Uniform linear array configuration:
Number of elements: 32
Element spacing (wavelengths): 1
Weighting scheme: hann
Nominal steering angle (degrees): -15
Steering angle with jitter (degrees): -13.917
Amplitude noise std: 0.05
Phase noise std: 0.05

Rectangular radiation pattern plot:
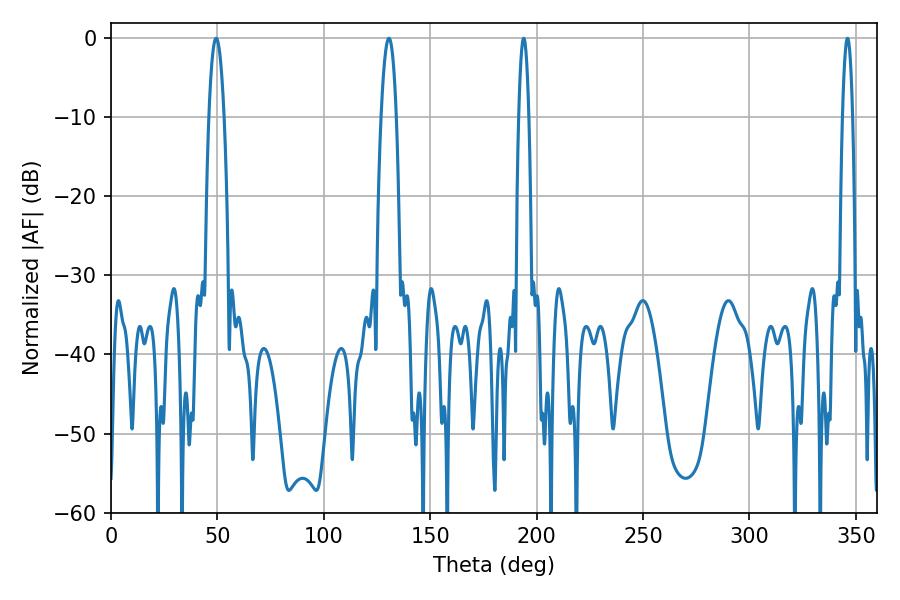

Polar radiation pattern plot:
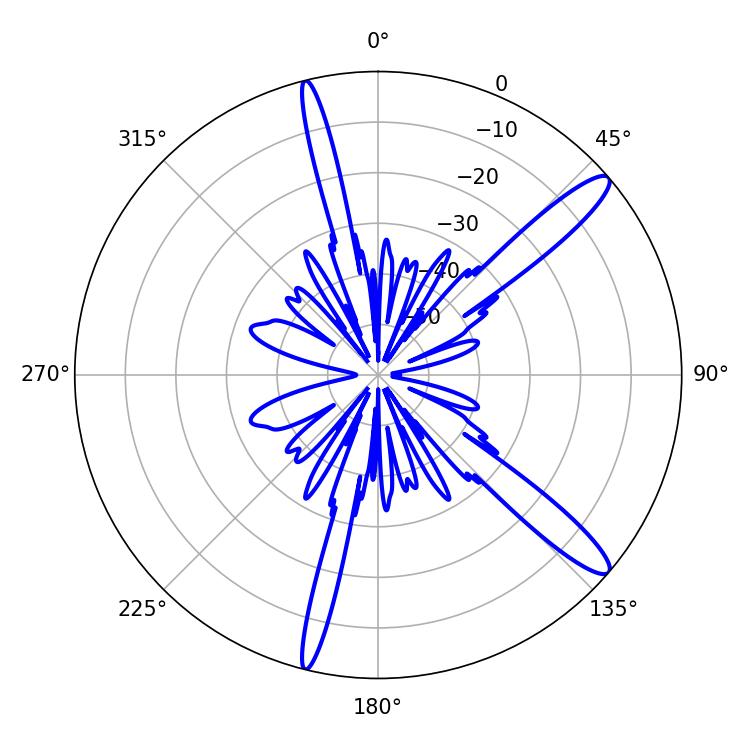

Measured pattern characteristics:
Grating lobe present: TRUE
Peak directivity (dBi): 13.49
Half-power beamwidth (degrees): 3.96
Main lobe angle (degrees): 49.5